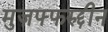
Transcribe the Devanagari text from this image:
मुज़फ्फरुद्दीन